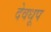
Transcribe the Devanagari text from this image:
देवधूप